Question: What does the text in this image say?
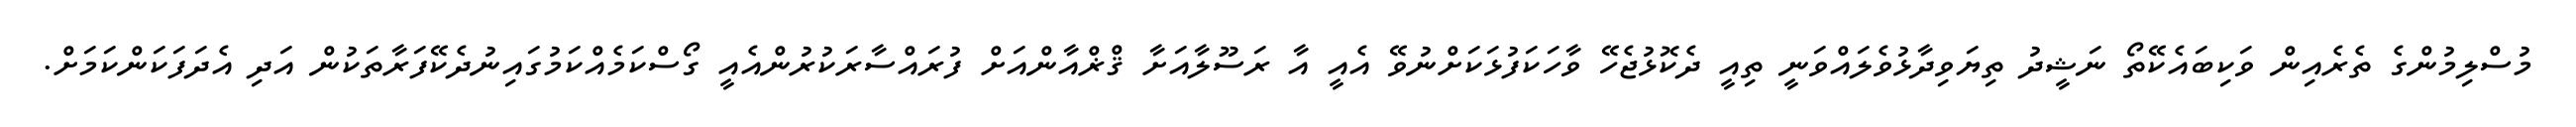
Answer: މުސްލިމުންގެ ތެރެއިން ވަކިބައެކޭތޯ ނަޝީދު ތިޔަވިދާޅުވެލައްވަނީ ތިއީ ދެކޮޅުޖެހޭ ވާހަކަފުޅަކަށްނުވޭ އެއީ އާ ރަސޫލާއަށާ ޤްޜްއާންއަށް ފުރައްސާރަކުރުންއެއީ ގޯސްކަމެއްކަމުގައިނުދެކޭފަރާތަކުން އަދި އެދަފަކަންކަމަށް.